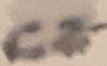
Text: C2-